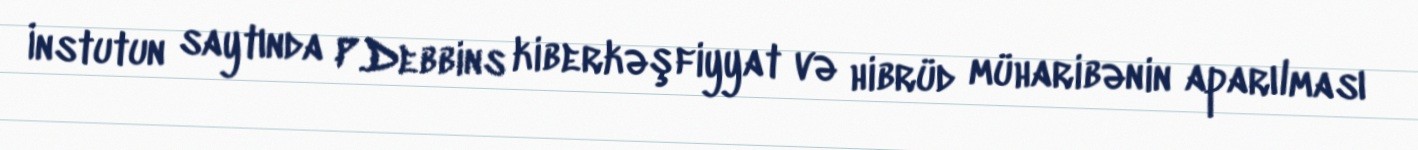
İnstutun saytında P.Debbins kiberkəşfiyyat və hibrüd müharibənin aparılması